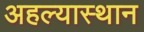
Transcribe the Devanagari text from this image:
अहल्यास्थान